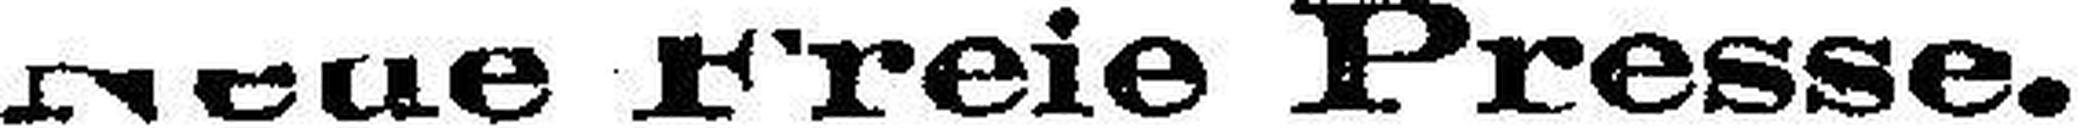
Neue Freie Presse.